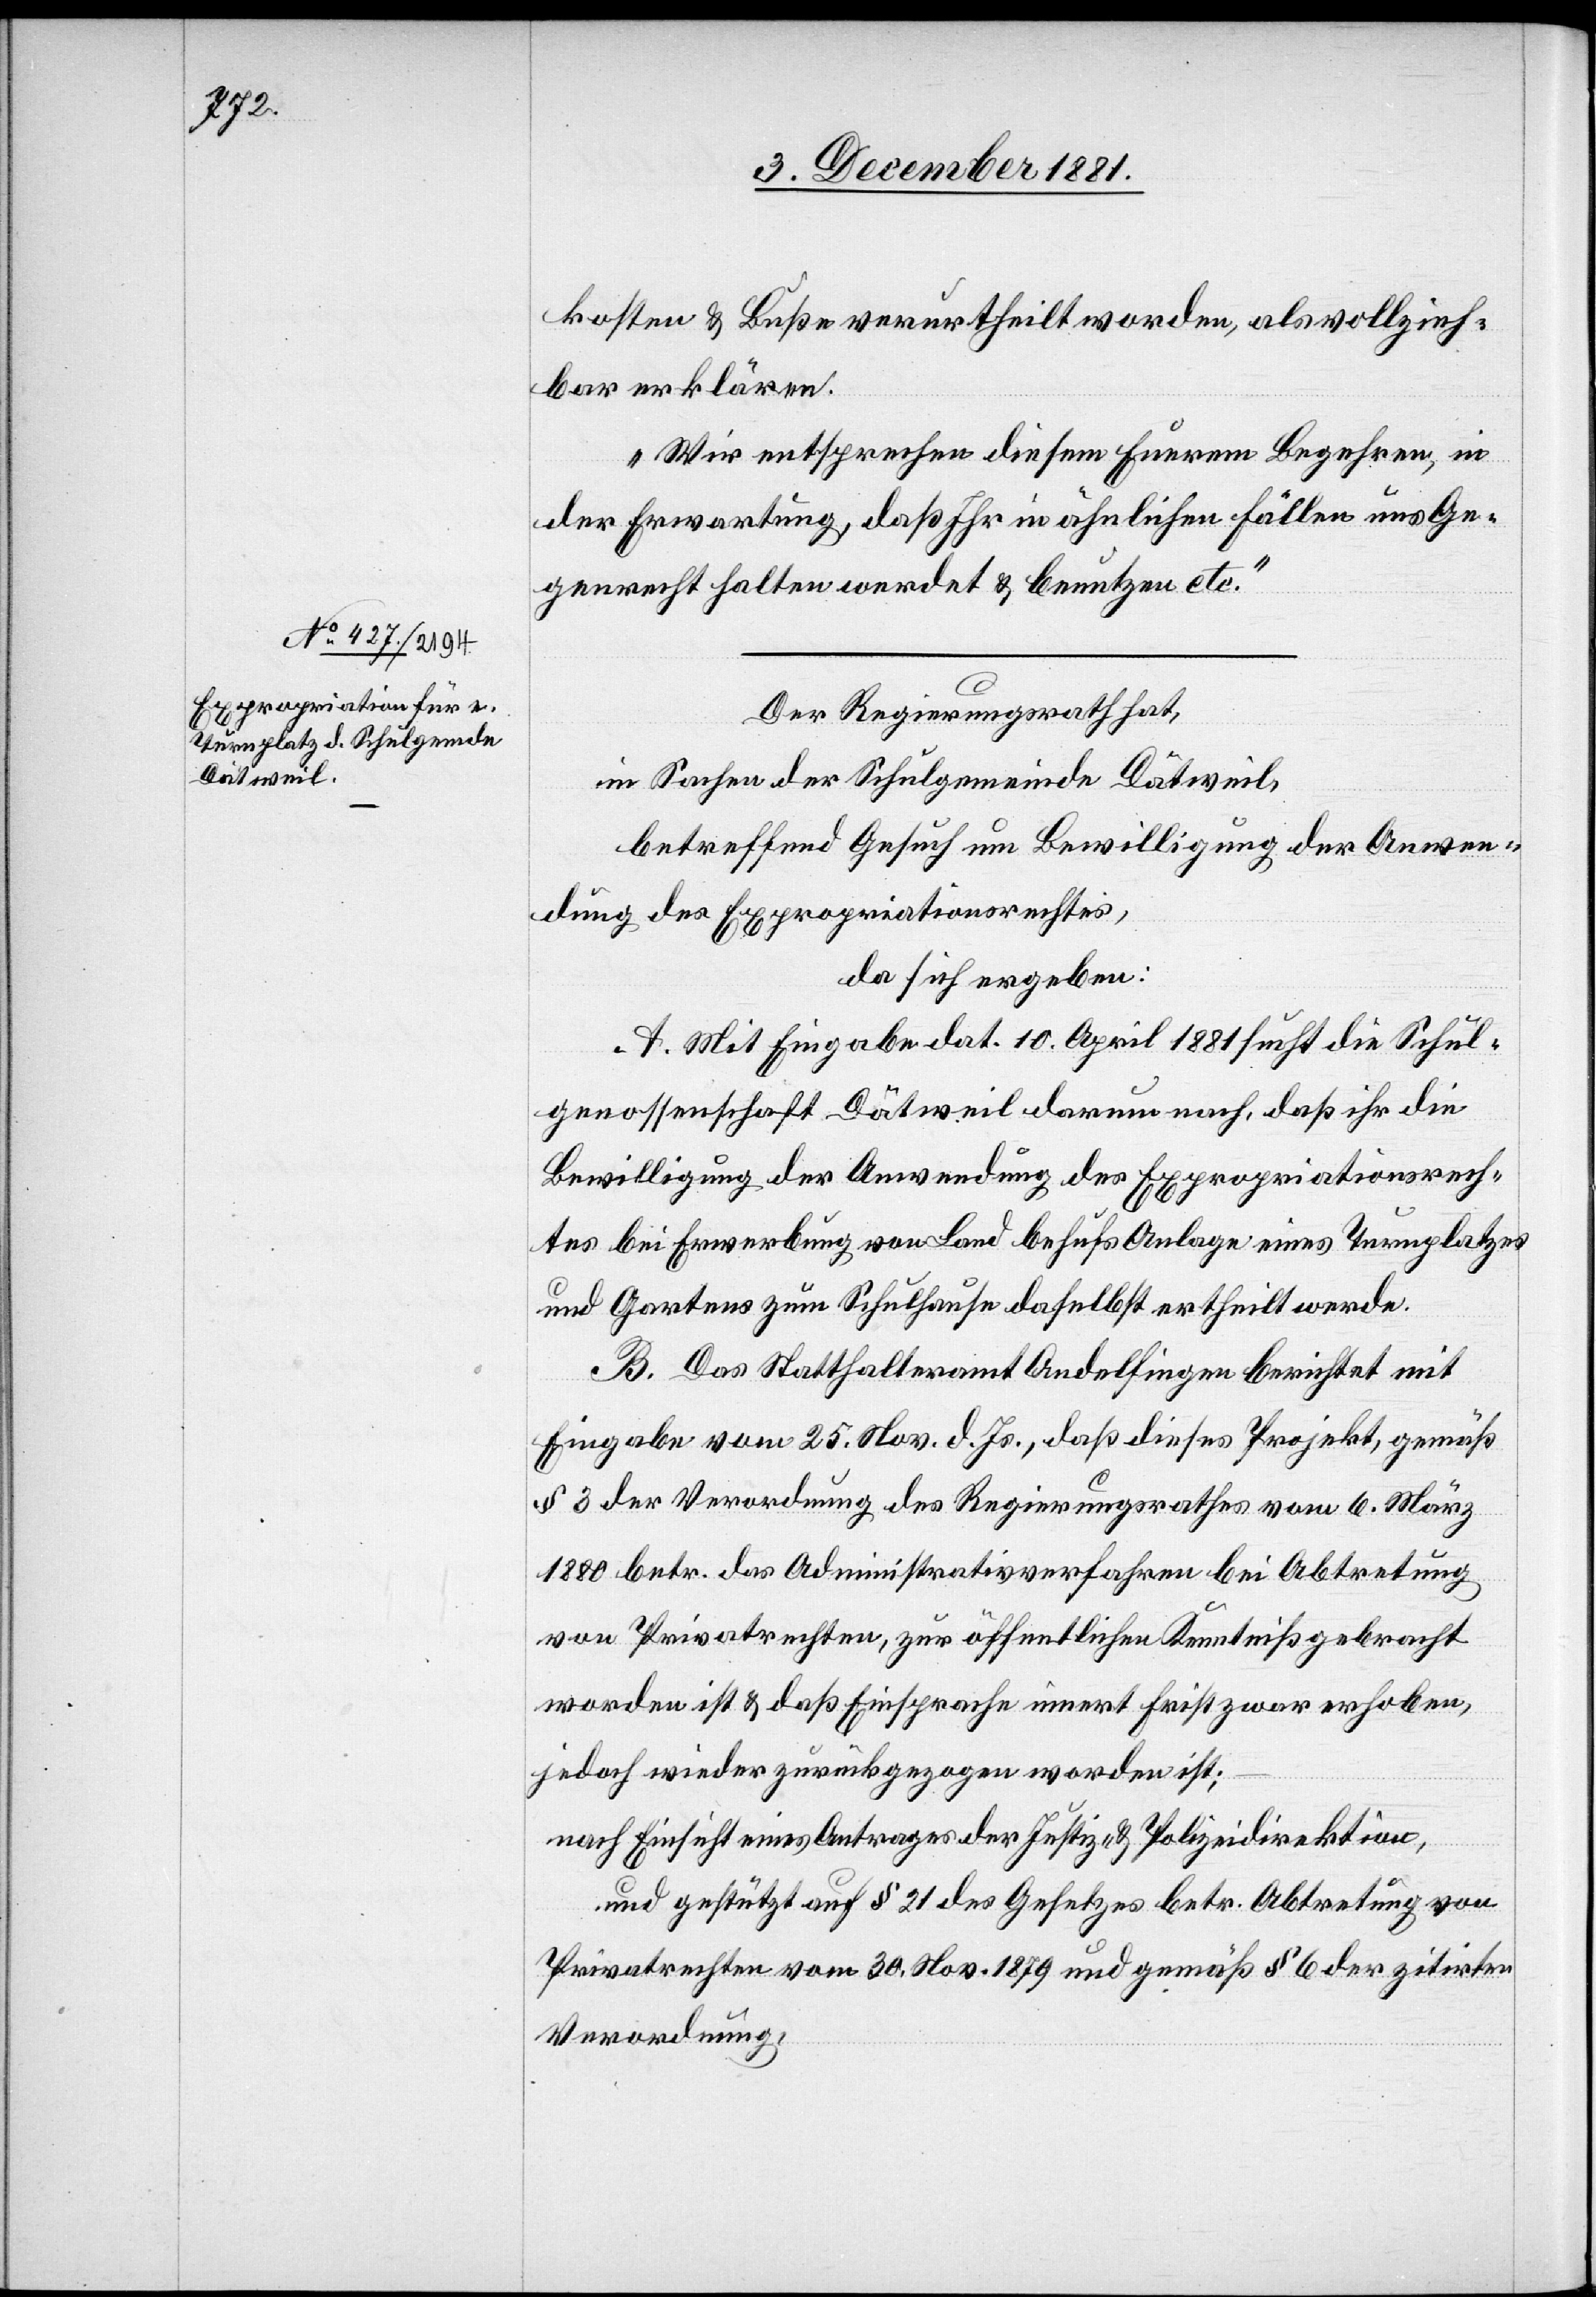
kosten & Buße verurtheilt worden, als vollzieh¬
bar erklären.
Wir entsprechen diesem Euerem Begehren, in
der Erwartung, daß Ihr in ähnlichen Fällen uns Ge¬
genrecht halten werden & benutzen etc.“
Der Regierungsrath hat,
in Sachen der Schulgemeinde Dätweil,
betreffend Gesuch um Bewilligung der Anwen¬
dung des Expropriationsrechtes,
da sich ergeben:
A. Mit Eingabe dat. 10. April 1881 sucht die Schul¬
genossenschaft Dätweil darum nach, daß ihr die
Bewilligung der Anwendung des Expropriationsrech¬
tes bei Erwerbung von Land behufs Anlage eines Turnplatzes
und Gartens zum Schulhause daselbst ertheilt werde.
B. Das Statthalteramt Andelfingen berichtet mit
Eingabe vom 25. Nov. d. Js., daß dieses Projekt, gemäß
§ 3 der Verordnung des Regierungsrathes vom 6. März
1880 betr. das Administrativverfahren bei Abtretung
von Privatrechten, zur öffentlichen Kenntniß gebracht
worden ist & daß Einsprache innert Frist zwar erhoben,
jedoch wieder zurückgezogen worden ist;
nach Einsicht eines Antrages der Justiz- & Polizeidirektion,
und gestützt auf § 21 des Gesetzes betr. Abtretung von
Privatrechten vom 30. Nov. 1879 und gemäß § 6 der zitirten
Verordnung,